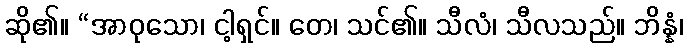
ဆို၏။ “အာဝုသော၊ ငါ့ရှင်။ တေ၊ သင်၏။ သီလံ၊ သီလသည်။ ဘိန္နံ၊